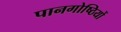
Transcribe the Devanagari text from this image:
पानगोष्ठियों